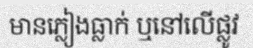
មានភ្លៀងធ្លាក់ ឬនៅលើផ្លូវ